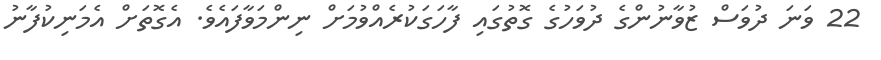
22 ވަނަ ދުވަސް ޒުވާނުންގެ ދުވަހުގެ ގޮތުގައި ފާހަގަކުރެއްވުމަށް ނިންމަވާފައެވެ. އެގޮތަށް އެމަނިކުފާނު